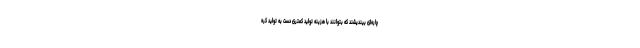
چاره‌ای بیندیشند که بتوانند با هزینه تولید کمتری دست به تولید کره